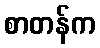
စာတန်က